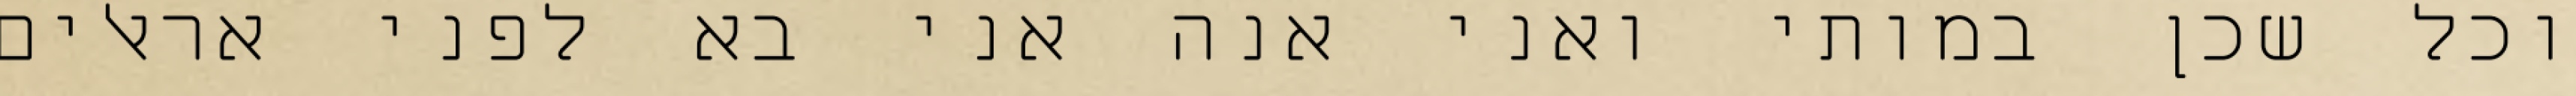
וכל שכן במותי ואני אנה אני בא לפני אראלים